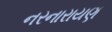
નરનારાયણ